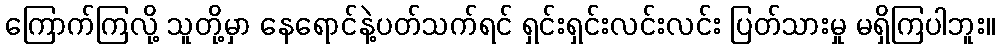
ကြောက်ကြလို့ သူတို့မှာ နေရောင်နဲ့ပတ်သက်ရင် ရှင်းရှင်းလင်းလင်း ပြတ်သားမှု မရှိကြပါဘူး။